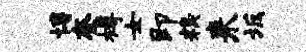
博奎樽女即糗来坂